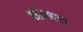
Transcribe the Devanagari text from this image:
मोणपरा